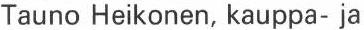
Tauno Heikonen, kauppa- ja